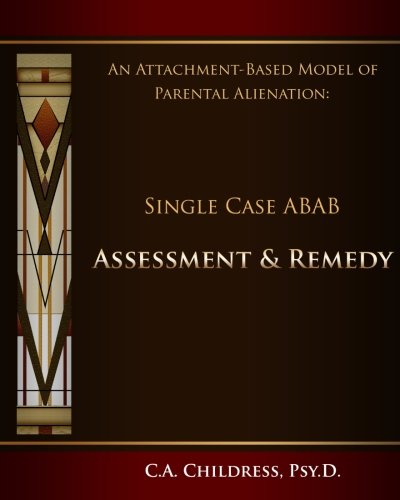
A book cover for An Attachment-Based Model of Parental Alienation: Single Case ABAB Assessment and Remedy; C. A. Childress Psy.D.; Law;